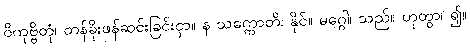
ဝိကုဗ္ဗိတုံ၊ တန်ခိုးဖန်ဆင်းခြင်းငှာ။ န သက္ကောတိ၊ နိုင်။ မဂ္ဂေါ၊ သည်။ ဟုတွာ၊ ၍။